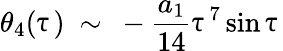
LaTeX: \theta_{4}(\uptau)\ \sim\ -\frac{a_{1}}{14}\uptau^{7}\sin\uptau